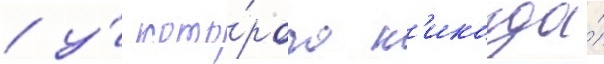
/ у́ кото́рого н'икогда́